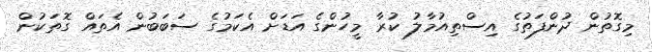
މިގޮތުން ދުންފަތުގެ އިސްތިއުމާލު ކުރާ މީހުންގެ އަޑަށް އެކަމުގެ ސަބަބުން އެތައް ގޮތަކުން